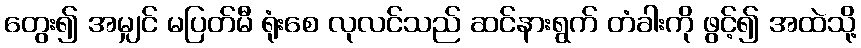
တွေး၍ အမျှင် မပြတ်မီ ရုံးစေ လုလင်သည် ဆင်နားရွက် တံခါးကို ဖွင့်၍ အထဲသို့